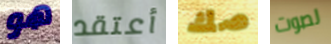
هو أعتقد صك لصوت